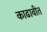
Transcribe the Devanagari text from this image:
काढावीत